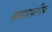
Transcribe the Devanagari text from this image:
त्सरारशरीफ